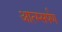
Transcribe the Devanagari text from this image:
आत्म्सर्पण